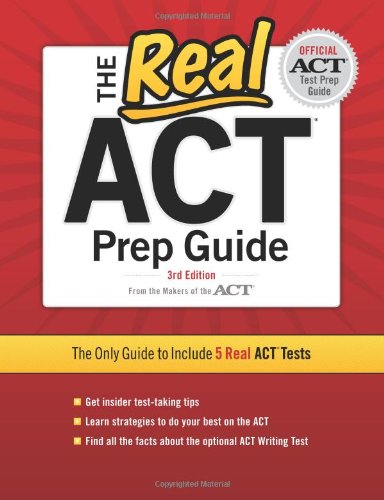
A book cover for The Real ACT, 3rd Edition (Real ACT Prep Guide); Inc. ACT; Test Preparation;